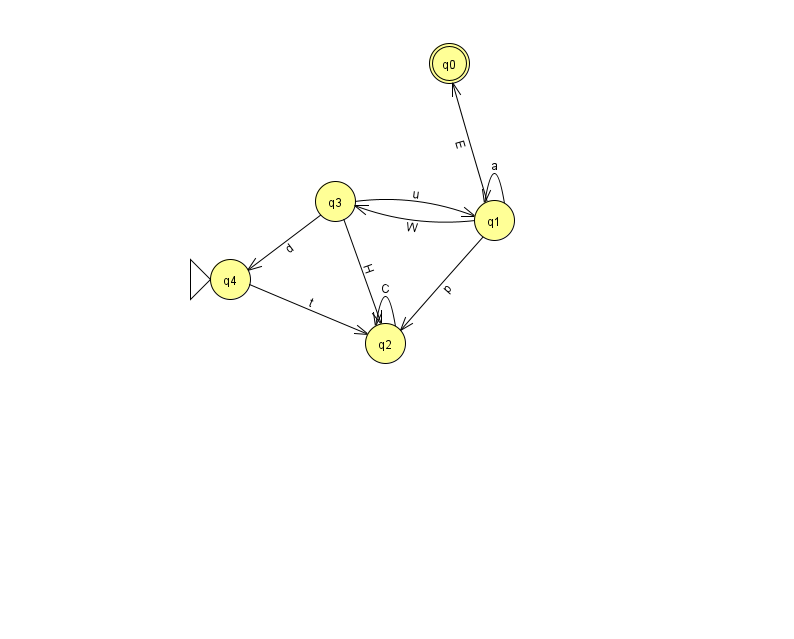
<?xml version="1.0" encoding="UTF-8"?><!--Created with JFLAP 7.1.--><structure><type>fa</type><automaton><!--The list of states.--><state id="0" name="q0"><x>449.0</x><y>50.0</y><final/></state><state id="1" name="q1"><x>494.0</x><y>207.0</y></state><state id="2" name="q2"><x>385.0</x><y>330.0</y></state><state id="3" name="q3"><x>335.0</x><y>188.0</y></state><state id="4" name="q4"><x>230.0</x><y>266.0</y><initial/></state><!--The list of transitions.--><transition><from>1</from><to>0</to><read>E</read></transition><transition><from>1</from><to>1</to><read>a</read></transition><transition><from>2</from><to>2</to><read>C</read></transition><transition><from>3</from><to>4</to><read>d</read></transition><transition><from>1</from><to>2</to><read>p</read></transition><transition><from>3</from><to>1</to><read>u</read></transition><transition><from>1</from><to>3</to><read>W</read></transition><transition><from>3</from><to>2</to><read>H</read></transition><transition><from>4</from><to>2</to><read>t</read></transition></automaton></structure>